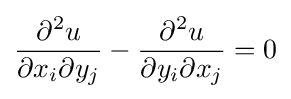
{\frac {\partial ^{2}u}{\partial x_{i}\partial y_{j}}}-{\frac {\partial ^{2}u}{\partial y_{i}\partial x_{j}}}=0